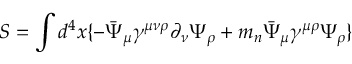
S = \int d ^ { 4 } x \{ - \bar { \Psi } _ { \mu } \gamma ^ { \mu \nu \rho } \partial _ { \nu } \Psi _ { \rho } + m _ { n } \bar { \Psi } _ { \mu } \gamma ^ { \mu \rho } \Psi _ { \rho } \}